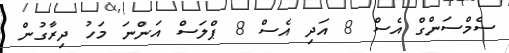
ސެމްސަންގް އެސް 8 އަދި އެސް 8 ޕްލަސް އަންނަ މަހު ދިރާގުން